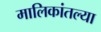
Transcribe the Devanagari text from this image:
मालिकांतल्या